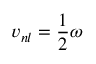
{ v _ { n l } = \frac { 1 } { 2 } \omega }